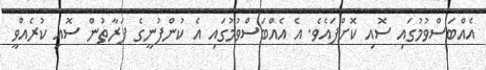
އެއްބަސްވުމުގައި ސޮއި ކޮށްފައެވެ. އެ އެއްބަސްވުމުގައި އެ ކުންފުނީގެ ފަރާތުން ސޮއި ކުރެއްވީ